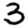
Digit: 3